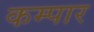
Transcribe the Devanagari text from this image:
कम्पार